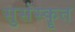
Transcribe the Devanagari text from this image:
सुसंस्कॄत